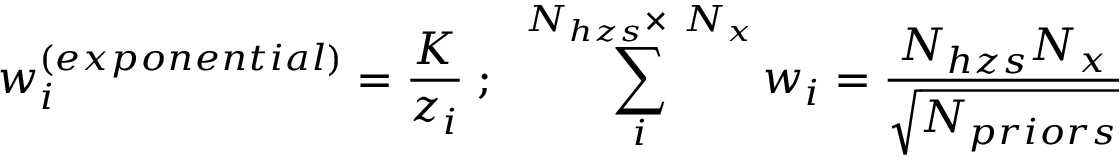
w _ { i } ^ { \left( e x p o n e n t i a l \right) } = \frac { K } { z _ { i } } \; ; \; \; \sum _ { i } ^ { N _ { h z s } \times \ N _ { x } } w _ { i } = \frac { N _ { h z s } N _ { x } } { \sqrt { N _ { p r i o r s } } }